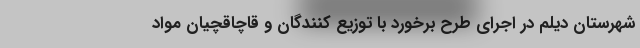
شهرستان دیلم در اجرای طرح برخورد با توزیع کنندگان و قاچاقچیان مواد